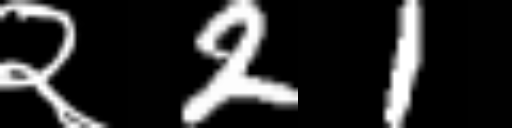
Text: २21